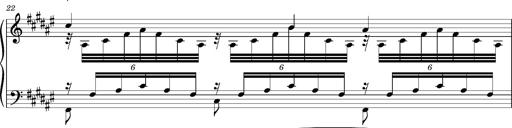
Title: Cavatine de Robert le Diable
Composer: Franz Liszt
Key: F-sharp minor